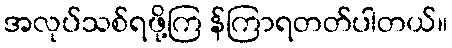
အလုပ်သစ်ရဖို့ကြ န်ကြာရတတ်ပါတယ်။